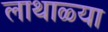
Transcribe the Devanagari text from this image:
लाथाळ्या